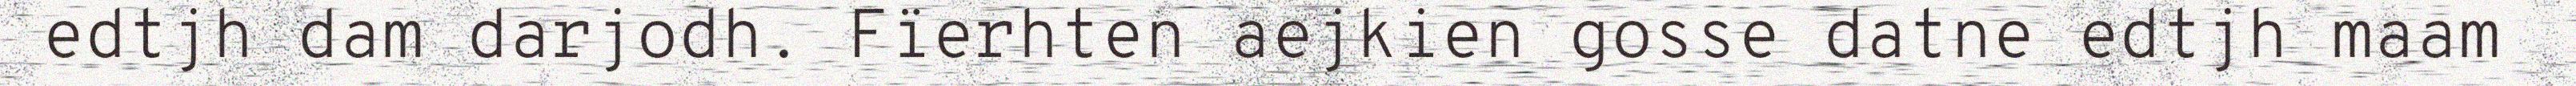
edtjh dam darjodh. Fïerhten aejkien gosse datne edtjh maam